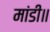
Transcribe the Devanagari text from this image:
मांडी॥